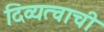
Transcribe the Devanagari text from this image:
दिव्यत्वाची